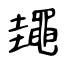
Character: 䵷